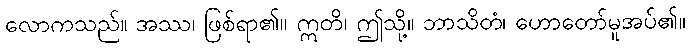
လောကသည်။ အဿ၊ ဖြစ်ရာ၏။ ဣတိ၊ ဤသို့။ ဘာသိတံ၊ ဟောတော်မူအပ်၏။